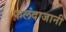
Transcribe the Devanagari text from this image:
फलंदाजानी